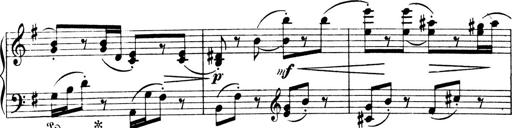
Title: 4 Sonatines
Composer: Max Reger